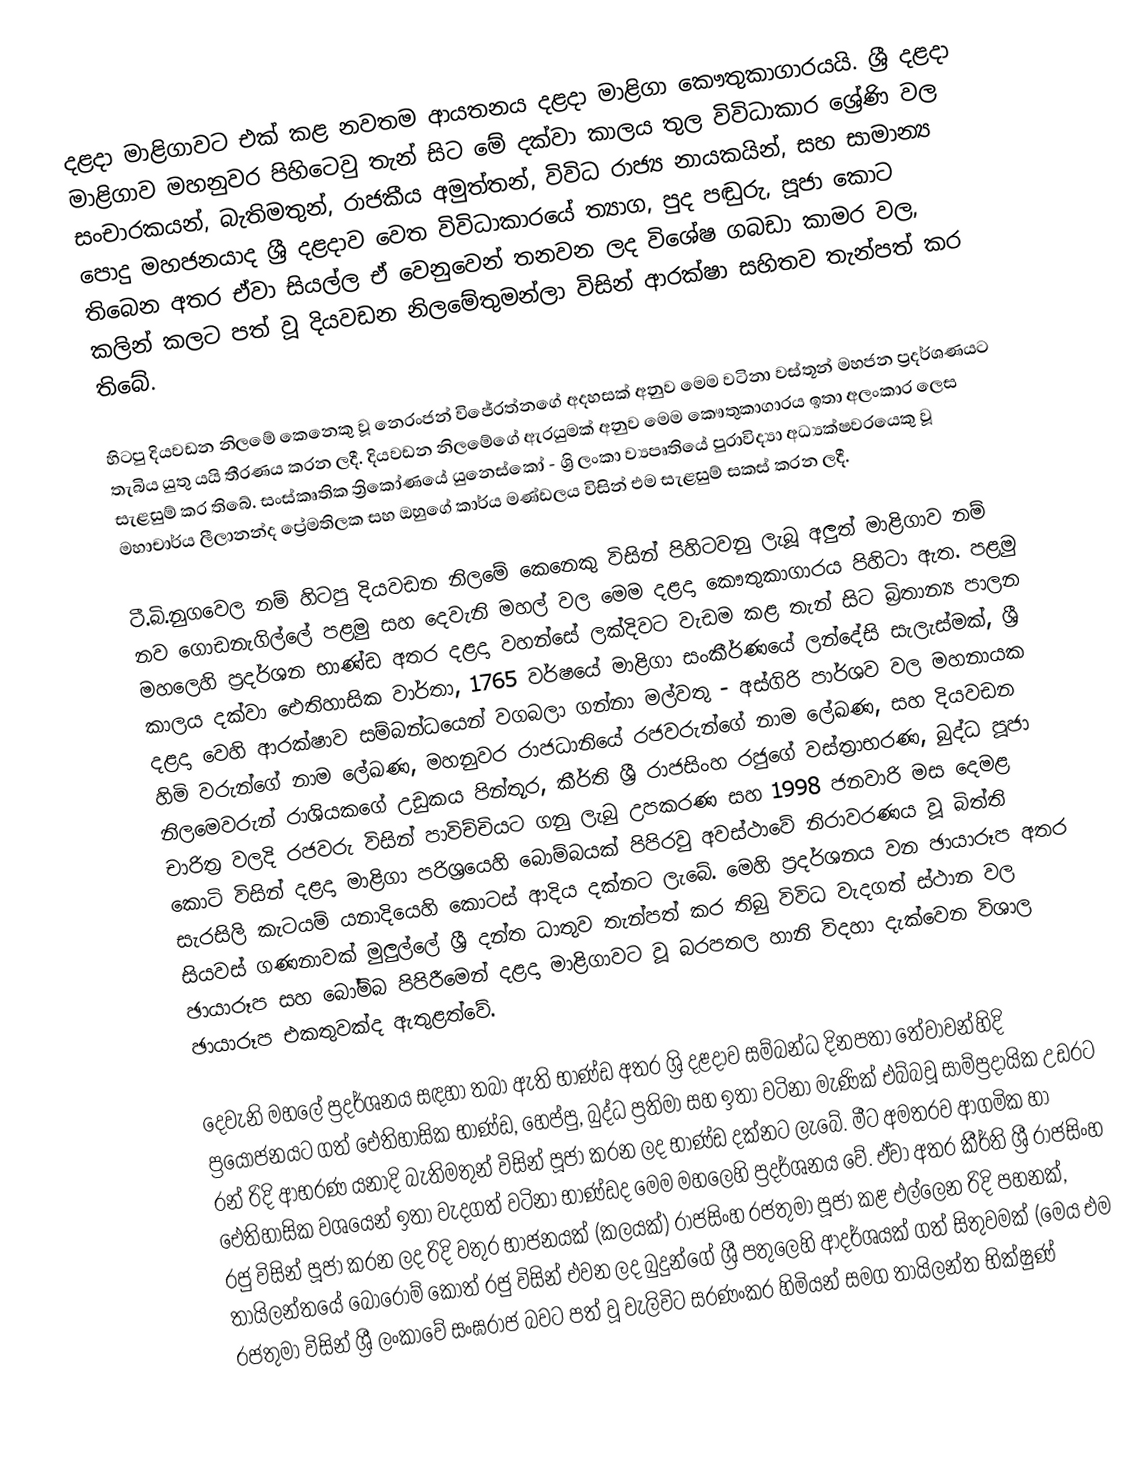
දළදා මාළිගාවට එක් කළ නවතම ආයතනය දළදා මාළිගා කෞතුකාගාරයයි. ශ්‍රී දළදා මාළිගාව මහනුවර පිහිටෙවු තැන් සිට මේ දක්වා කාලය තුල විවිධාකාර ශ්‍රේණි වල සංචාරකයන්, බැතිමතුන්, රාජකීය අමුත්තන්, විවිධ රාජ්‍ය නායකයින්, සහ සාමාන්‍ය පොදු මහජනයාද ශ්‍රී දළදාව වෙත විවිධාකාරයේ ත්‍යාග, පුද  පඬුරු, පූජා කොට තිබෙන අතර ඒවා සියල්ල ඒ වෙනුවෙන් තනවන ලද විශේෂ ගබඩා කාමර වල, කලින් කලට පත් වූ දියවඩන නිලමේතුමන්ලා විසින් ආරක්ෂා සහිතව තැන්පත් කර තිබේ.

හිටපු දියවඩන නිලමේ කෙනෙකු වූ නෙරංජන් විජේරත්නගේ අදහසක් අනුව මෙම වටිනා වස්තූන් මහජන ප්‍රදර්ශණයට තැබිය යුතු යයි තීරණය කරන ලදී. දියවඩන නිලමේගේ ඇරයුමක් අනුව මෙම කෞතුකාගාරය ඉතා අලංකාර ලෙස සැළසුම් කර තිබේ. සංස්කෘතික ත්‍රිකෝණයේ යුනෙස්කෝ - ශ්‍රි ලංකා ව්‍යපෘතියේ පුරාවිද්‍යා අධ්‍යක්ෂවරයෙකු වූ මහාචාර්ය ලීලානන්ද ප්‍රේමතිලක සහ ඔහුගේ කාර්ය මණ්ඩලය විසින් එම සැළසුම් සකස් කරන ලදී.

ටී.බි.නුගවෙල නම් හිටපු දියවඩන නිලමේ කෙනෙකු විසින් පිහිටවනු ලැබූ අලුත් මාළිගාව නම් නව ගොඩනැගිල්ලේ පළමු සහ දෙවැනි මහල් වල මෙම දළදා කෞතුකාගාරය පිහිටා ඇත. පළමු මහලෙහි ප්‍රදර්ශන භාණ්ඩ අතර දළදා වහන්සේ ලක්දිවට වැඩම කළ තැන් සිට බ්‍රිතාන්‍ය පාලන කාලය දක්වා ඓතිහාසික වාර්තා, 1765 වර්ෂයේ මාළිගා සංකීර්ණයේ ලන්දේසි සැලැස්මක්, ශ්‍රී දළදා වෙහි ආරක්ෂාව සම්බන්ධයෙන් වගබලා ගන්නා මල්වතු - අස්ගිරි පාර්ශව වල මහනායක හිමි වරුන්ගේ නාම ලේඛණ, මහනුවර රාජධානියේ රජවරුන්ගේ නාම ලේඛණ, සහ දියවඩන නිලමෙවරුන් රාශියකගේ උඩුකය පින්තූර, කීර්ති ශ්‍රී රාජසිංහ රජුගේ වස්ත්‍රාභරණ, බුද්ධ පූජා චාරිත්‍ර වලදි රජවරු විසින් පාවිච්චියට ගනු ලැබු උපකරණ සහ 1998 ජනවාරි මස දෙමළ කොටි විසින් දළදා මාළිගා පරිශ්‍රයෙහි බොම්බයක් පිපිරවු අවස්ථාවේ නිරාවරණය වූ බිත්ති සැරසිලි කැටයම් යනාදියෙහි කොටස් ආදිය දක්නට ලැබේ. මෙහි ප්‍රදර්ශනය වන ඡායාරූප අතර සියවස් ගණනාවක් මුලුල්ලේ ශ්‍රී දන්ත ධාතුව තැන්පත් කර තිබු විවිධ වැදගත් ස්ථාන වල ඡායාරූප සහ බෝම්බ පිපිරීමෙන් දළදා මාළිගාවට වූ බරපතල හානි විදහා දැක්වෙන විශාල ඡායාරූප එකතුවක්ද ඇතුළත්වේ.

දෙවැනි මහලේ ප්‍රදර්ශනය සඳහා තබා ඇති භාණ්ඩ අතර ශ්‍රි දළදාව සම්බන්ධ දිනපතා තේවාවන්හිදි ප්‍රයෝජනයට ගත් ඓතිහාසික භාණ්ඩ, හෙප්පු, බුද්ධ ප්‍රතිමා සහ ඉතා වටිනා මැණික් එබ්බවූ සාම්ප්‍රදායික උඩරට රන් රිදි ආභරණ යනාදි බැතිමතුන් විසින් පූජා කරන ලද භාණ්ඩ දක්නට ලැබේ. මීට අමතරව ආගමික හා ඓතිහාසික වශයෙන් ඉතා වැදගත් වටිනා භාණ්ඩද මෙම මහලෙහි ප්‍රදර්ශනය වේ. ඒවා අතර කීර්ති ශ්‍රී රාජසිංහ රජු විසින් පූජා කරන ලද රිදි වතුර භාජනයක් (කලයක්) රාජසිංහ රජතුමා පූජා කළ එල්ලෙන රිදි පහනක්, තායිලන්තයේ බොරොම් කොත් රජු විසින් එවන ලද බුදුන්ගේ ශ්‍රී පතුලෙහි ආදර්ශයක් ගත් සිතුවමක් (මෙය එම රජතුමා විසින් ශ්‍රී ලංකාවේ සංඝරාජ බවට පත් වූ වැලිවිට සරණංකර හිමියන් සමග තායිලන්ත භික්ෂුණ්